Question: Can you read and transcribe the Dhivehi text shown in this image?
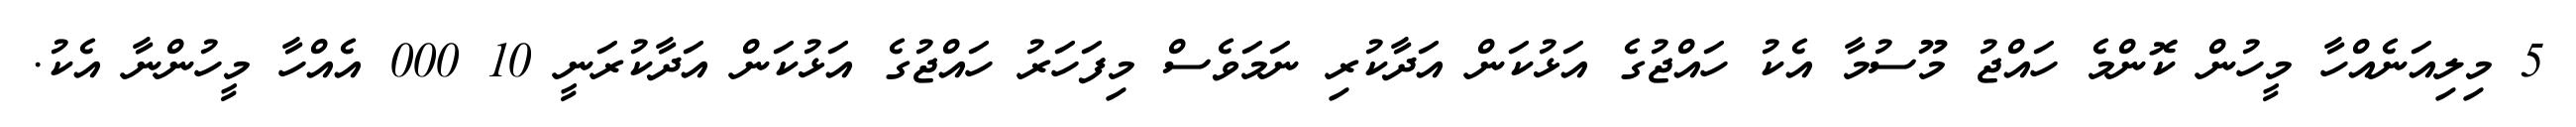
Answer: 5 މިލިއަނެއްހާ މީހުން ކޮންމެ ހައްޖު މޫސުމާ އެކު ހައްޖުގެ އަޅުކަން އަދާކުރި ނަމަވެސް މިފަހަރު ހައްޖުގެ އަޅުކަން އަދާކުރަނީ 10 000 އެއްހާ މީހުންނާ އެކު.